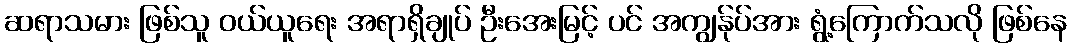
ဆရာသမား ဖြစ်သူ ဝယ်ယူရေး အရာရှိချုပ် ဦးအေးမြင့် ပင် အကျွန်ုပ်အား ရွံ့ကြောက်သလို ဖြစ်နေ